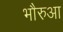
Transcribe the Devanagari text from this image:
भौरुआ